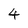
Character: 4